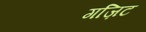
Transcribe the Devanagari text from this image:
गज़िट